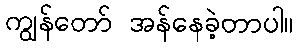
ကျွန်တော် အန်နေခဲ့တာပါ။